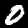
Label: 0